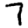
Digit: 7